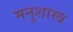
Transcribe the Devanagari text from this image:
मनुशास्त्र